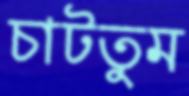
চাটতুম